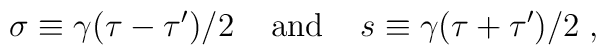
\sigma \equiv \gamma ({\tau-\tau '})/{2}\;\;\;\;{\rm and}\;\;\;\;s \equiv \gamma({\tau+\tau '})/{2}\;,